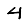
Digit: 4